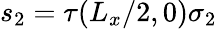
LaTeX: s_{2}=\tau(L_{x}/2,0)\sigma_{2}